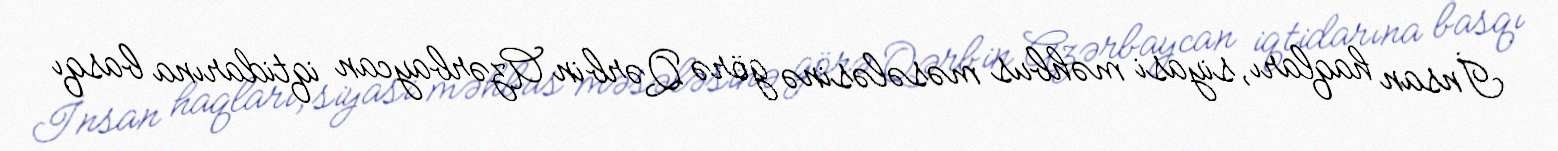
İnsan haqları, siyasi məhbus məsələsinə görə Qərbin Azərbaycan iqtidarına basqı